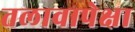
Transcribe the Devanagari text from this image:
तलावापेक्षा